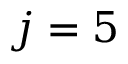
j = 5